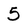
Character: 5